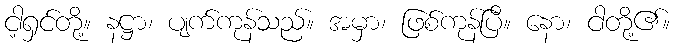
ငါ့ရှင်တို့။ နဋ္ဌာ၊ ပျက်ကုန်သည်။ အမှာ၊ ဖြစ်ကုန်ပြီ။ နော၊ ငါတို့၏။